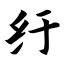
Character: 纡